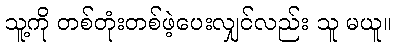
သူ့ကို တစ်တုံးတစ်ဖဲ့ပေးလျှင်လည်း သူ မယူ။